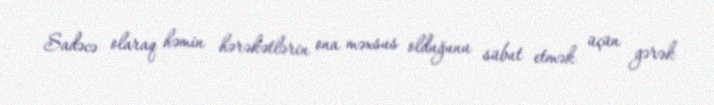
Sadəcə olaraq həmin hərəkətlərin ona məxsus olduğunu sübut etmək üçün gərək